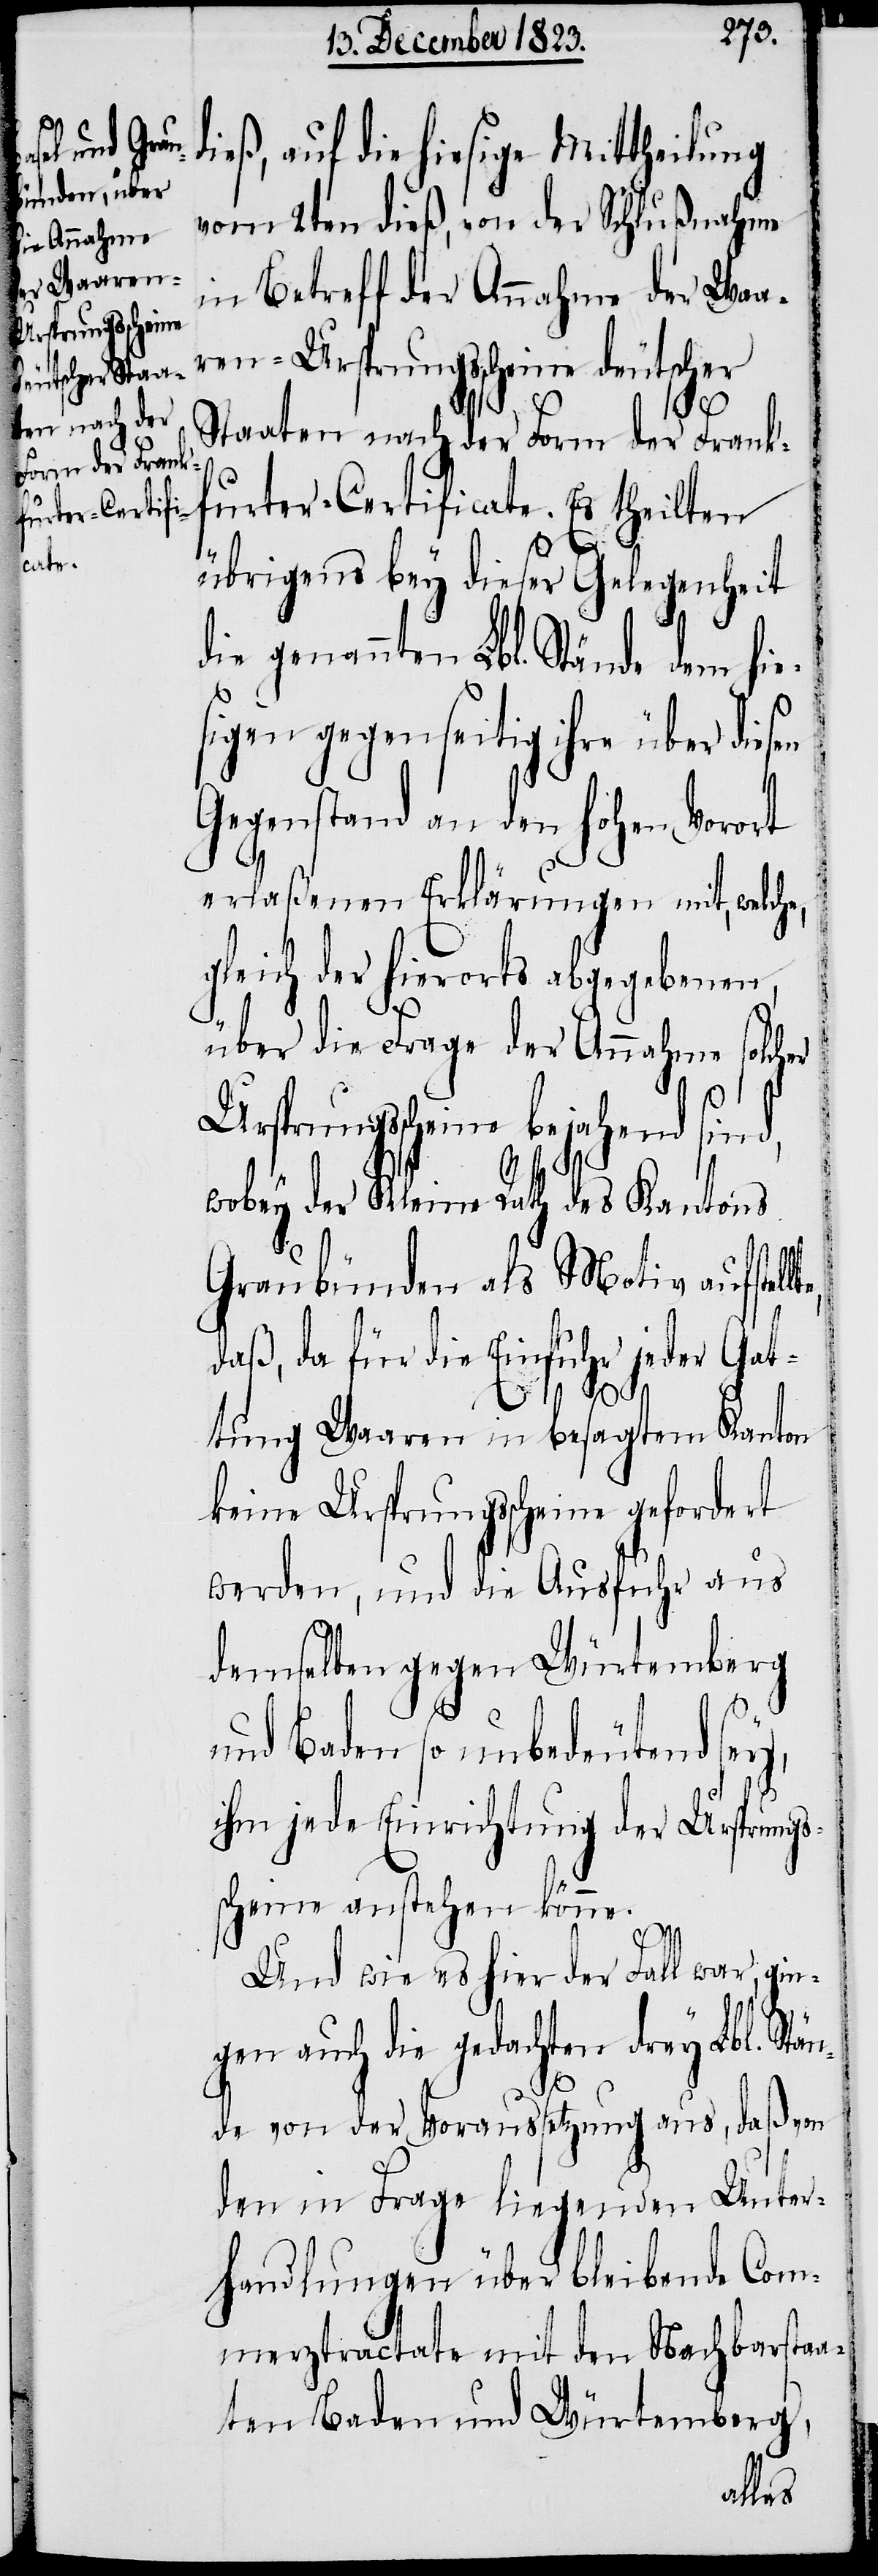
ieß, auf die hiesige Mittheilung
vom 2ten dieß, von der Schlußnahme
in Betreff der Annahme der Waa¬
ren-Ursprungsscheine deutscher
lte,
Staaten nach der Form der Frank¬
furter-Certificate. Es theilten
übrigens bey dieser Gelegenheit
d¬
die genannten Lbl. Stände dem hie¬
sigen gegenseitig ihre über diesen
Gegenstand an den hohen Vorort
erlaßenen Erklärungen mit, welch¬
gleich der hierorts abgegebenen,
über die Frage der Annahme solcher
Ursprungsscheine bejahend sind,
e,
wobey der Kleine Rath des Kantons
Graubünden als Motiv aufstel¬
daß, da für die Einfuhr jeder Gat¬
tung Waaren in besagtem Kanton
keine Ursprungsscheine gefordert
werden, und die Ausfuhr aus
demselben gegen Würtemberg
und Baden so unbedeutend sey,
ihm jede Einrichtung der Ursprungs¬
scheine anstehen könne.
Und wie es hier der Fall war, gin¬
gen auch die gedachten drey Lbl. Stä¬
nde von der Voraussetzung aus, daß von
den in Frage liegenden Unter¬
handlungen über bleibende Com¬
merztractate mit den Nachbarstaa¬
ten Baden und Würtemberg,